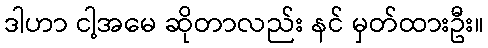
ဒါဟာ ငါ့အမေ ဆိုတာလည်း နင် မှတ်ထားဦး။